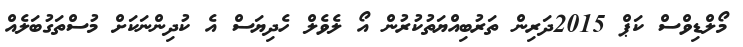
މޯލްޑިވްސް ކަޕް 2015ދަރިން ތަރުބިއްޔަތުކުރުން އޯ ލެވެލް ހެދިޔަސް އެ ކުދިންނަކަށް މުސްތަގުބަލެއް